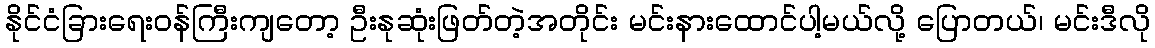
နိုင်ငံခြားရေးဝန်ကြီးကျတော့ ဦးနုဆုံးဖြတ်တဲ့အတိုင်း မင်းနားထောင်ပါ့မယ်လို့ ပြောတယ်၊ မင်းဒီလို